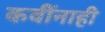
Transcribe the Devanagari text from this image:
कवींनाही